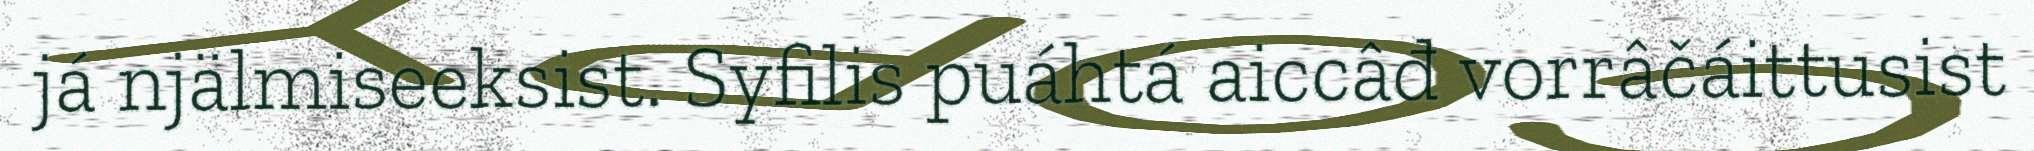
já njälmiseeksist. Syfilis puáhtá aiccâđ vorrâčáittusist